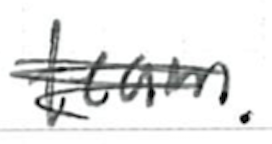
Text: team.
Cross-out: scratch
Writing tool: ballpoint